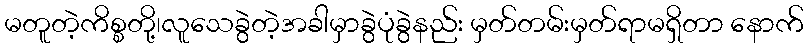
မတူတဲ့ကိစ္စတို့၊လူသေခွဲတဲ့အခါမှာခွဲပုံခွဲနည်း မှတ်တမ်းမှတ်ရာမရှိတာ နောက်